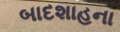
બાદશાહના